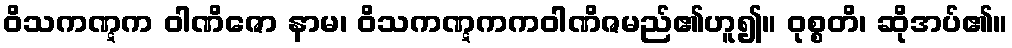
ဝိသကဏ္ဋက ဝါဏိဇော နာမ၊ ဝိသကဏ္ဋကကဝါဏိဇမည်၏ဟူ၍။ ဝုစ္စတိ၊ ဆိုအပ်၏။